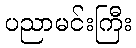
ပညာမင်းကြီး